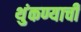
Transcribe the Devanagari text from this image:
थुंकण्याची